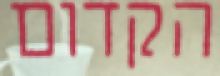
הקדום